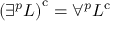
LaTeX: \left( \exists ^ { p } L \right) ^ { \mathrm { { c } } } = \forall ^ { p } L ^ { \mathrm { { c } } }